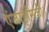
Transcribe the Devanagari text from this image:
एंजाइमिकी।